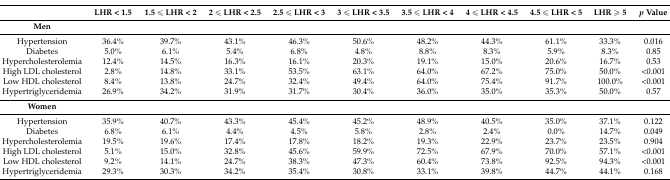
<table><thead><tr><td></td><td><b>LHR &lt; 1.5</b></td><td><b>1.5 ≤ LHR &lt; 2</b></td><td><b>2 ≤ LHR &lt; 2.5</b></td><td><b>2.5 ≤ LHR &lt; 3</b></td><td><b>3 ≤ LHR &lt; 3.5</b></td><td><b>3.5 ≤ LHR &lt; 4</b></td><td><b>4 ≤ LHR &lt; 4.5</b></td><td><b>4.5 ≤ LHR &lt; 5</b></td><td><b>LHR ≥ 5</b></td><td><b><i>p</i> Value</b></td></tr></thead><tbody><tr><td><b>Men</b></td><td></td><td></td><td></td><td></td><td></td><td></td><td></td><td></td><td></td><td></td></tr><tr><td>Hypertension</td><td>36.4%</td><td>39.7%</td><td>43.1%</td><td>46.3%</td><td>50.6%</td><td>48.2%</td><td>44.3%</td><td>61.1%</td><td>33.3%</td><td>0.016</td></tr><tr><td>Diabetes</td><td>5.0%</td><td>6.1%</td><td>5.4%</td><td>6.8%</td><td>4.8%</td><td>8.8%</td><td>8.3%</td><td>5.9%</td><td>8.3%</td><td>0.85</td></tr><tr><td>Hypercholesterolemia</td><td>12.4%</td><td>14.5%</td><td>16.3%</td><td>16.1%</td><td>20.3%</td><td>19.1%</td><td>15.0%</td><td>20.6%</td><td>16.7%</td><td>0.53</td></tr><tr><td>High LDL cholesterol</td><td>2.8%</td><td>14.8%</td><td>33.1%</td><td>53.5%</td><td>63.1%</td><td>64.0%</td><td>67.2%</td><td>75.0%</td><td>50.0%</td><td>&lt;0.001</td></tr><tr><td>Low HDL cholesterol</td><td>8.4%</td><td>13.8%</td><td>24.7%</td><td>32.4%</td><td>49.4%</td><td>64.0%</td><td>75.4%</td><td>91.7%</td><td>100.0%</td><td>&lt;0.001</td></tr><tr><td>Hypertriglyceridemia</td><td>26.9%</td><td>34.2%</td><td>31.9%</td><td>31.7%</td><td>30.4%</td><td>36.0%</td><td>35.0%</td><td>35.3%</td><td>50.0%</td><td>0.57</td></tr><tr><td><b>Women</b></td><td></td><td></td><td></td><td></td><td></td><td></td><td></td><td></td><td></td><td></td></tr><tr><td>Hypertension</td><td>35.9%</td><td>40.7%</td><td>43.3%</td><td>45.4%</td><td>45.2%</td><td>48.9%</td><td>40.5%</td><td>35.0%</td><td>37.1%</td><td>0.122</td></tr><tr><td>Diabetes</td><td>6.8%</td><td>6.1%</td><td>4.4%</td><td>4.5%</td><td>5.8%</td><td>2.8%</td><td>2.4%</td><td>0.0%</td><td>14.7%</td><td>0.049</td></tr><tr><td>Hypercholesterolemia</td><td>19.5%</td><td>19.6%</td><td>17.4%</td><td>17.8%</td><td>18.2%</td><td>19.3%</td><td>22.9%</td><td>23.7%</td><td>23.5%</td><td>0.904</td></tr><tr><td>High LDL cholesterol</td><td>5.1%</td><td>15.0%</td><td>32.8%</td><td>45.6%</td><td>59.9%</td><td>72.5%</td><td>67.9%</td><td>70.0%</td><td>57.1%</td><td>&lt;0.001</td></tr><tr><td>Low HDL cholesterol</td><td>9.2%</td><td>14.1%</td><td>24.7%</td><td>38.3%</td><td>47.3%</td><td>60.4%</td><td>73.8%</td><td>92.5%</td><td>94.3%</td><td>&lt;0.001</td></tr><tr><td>Hypertriglyceridemia</td><td>29.3%</td><td>30.3%</td><td>34.2%</td><td>35.4%</td><td>30.8%</td><td>33.1%</td><td>39.8%</td><td>44.7%</td><td>44.1%</td><td>0.168</td></tr></tbody></table>